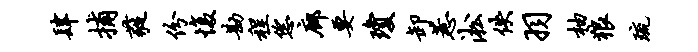
肆捕蕤份愎勘程恁廊要琼卸惹淞佚羽柚狼琉